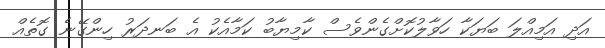
އަދި އަމިއްލަ ބަޔަކާ ހަވާލުކޮށްގެންވެސް ކާމިޔާބު ކަމާއެކު އެ ބަނދަރު ހިންގޭނެ ގޮތެއް